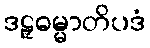
ဒဠှဓမ္မာတိပဒံ